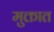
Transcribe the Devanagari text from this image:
मुक्तात